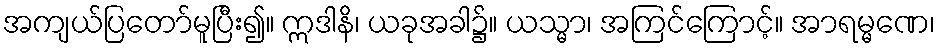
အကျယ်ပြတော်မူပြီး၍။ ဣဒါနိ၊ ယခုအခါ၌။ ယသ္မာ၊ အကြင်ကြောင့်။ အာရမ္မဏေ၊